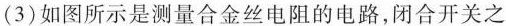
(3) 如图所示是测量合金丝电阻的电路，闭合开关之